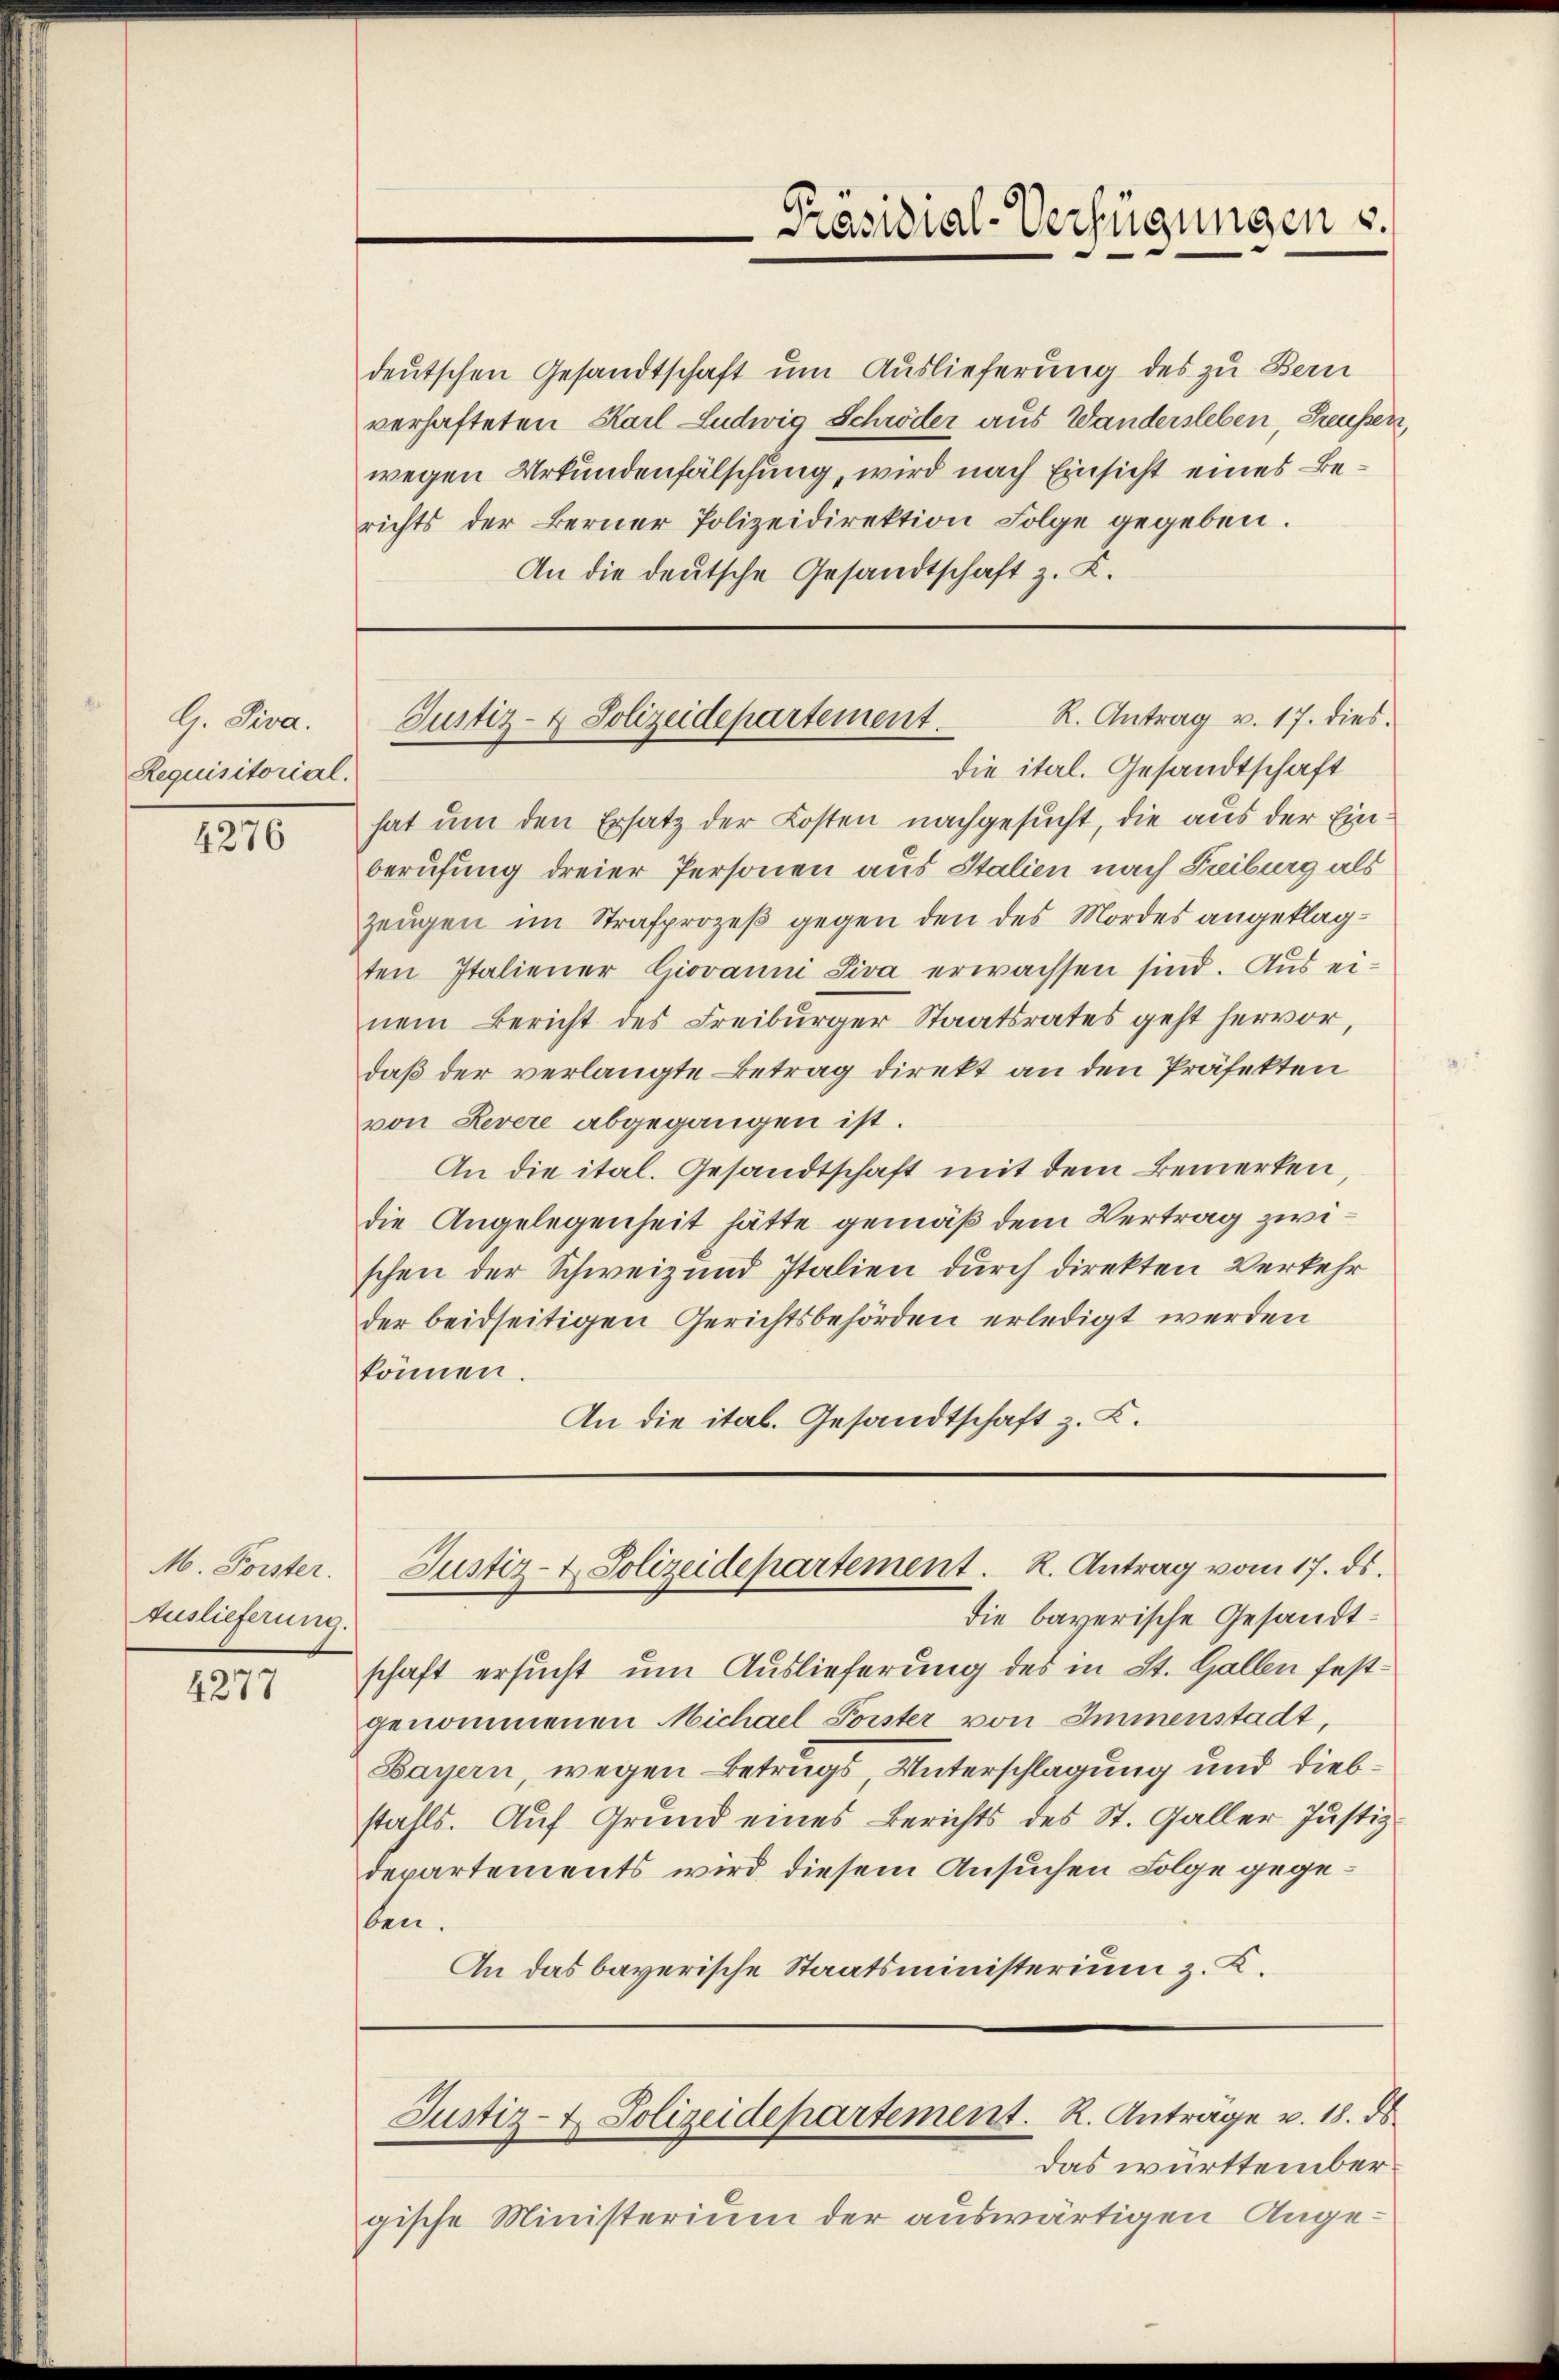
G. Piva.
Requisitorial.

4276

M. Forster.
Auslieferung.

4277

deutschen Gesandtschaft um Auslieferung des zu Bern
verhafteten Karl Ludwig Schröder aus Wandersleben, Preußen,
wegen Urkundenfälschung, wird nach Einsicht eines Berichts der Berner Polizeidirektion Folge gegeben.
An die deutsche Gesandtschaft z. K.

hat um den Ersatz der Kosten nachgesucht, die aus der Ein
berufung dreier Personen aus Italien nach Fribourg als
zeugen im Strafprozeß gegen den des Mordes angeklagten Italiener Giovanni Siva erwachsen sind. Aus einem Bericht des Freiburger-Staatsrates geht hervor,
daß der verlangte Betrag direkt an den Präfekten
von Revere abgegangen ist.
An die ital. Gesandtschaft mit dem Bemerken,
die Angelegenheit hätte gemäß dem Vertrag zwischen der Schweiz und Italien durch direkten Verkehr
der beidseitigen Gerichtsbehörden erledigt werden
können
An die ital. Gesandtschaft z. B.

die bayerische Gesandtschaft ersucht um Auslieferung des in St. Gallen festgenommenen Michael Porster von Immenstadt,
Bayern, wegen Betrags Unterschlagung und Diebstahls. Auf Grund eines Berichts des St. Galler Justiz-
departements wird diesem Ansuchen Folge gegeben.
An das bayerische Staatsministerium z. K.

-Präsidial-Verfügungen u.

R. Antrag v. 17. dies
Justiz- & Polizeidepartement.
die ital. Gesandtschaft

Justiz- & Polizeidepartement. R. Antrag vom 17. ds.

Das württembergische Ministerium der auswärtigen Ange¬

Justiz- & Polizeidepartement. K. Antrage v. 18. ds.